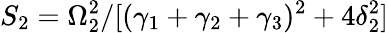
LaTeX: S_{2}=\Omega_{2}^{2}/[(\gamma_{1}+\gamma_{2}+\gamma_{3})^{2}+4\delta_{2}^{2}]